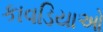
કાવડિયાઓ